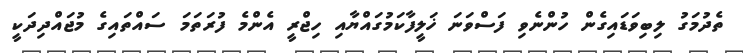
ތެދުމަގު ލިބިވަޑައިގެން ހުންނެވި ފަސްވަނަ ޚަލީފާކަމުގައްޔާއި ހިޖްރީ އެންމެ ފުރަތަމަ ސައްތައިގެ މުޖައްދިދަކީ